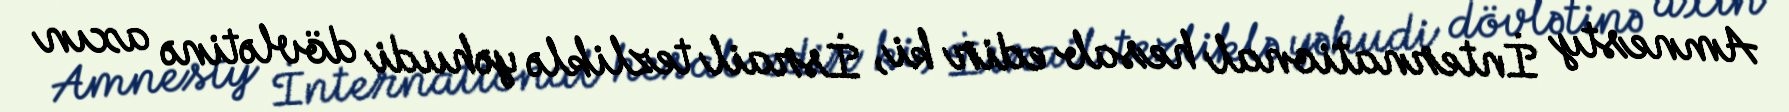
Amnesty İnternational hesab edir ki, İsrail tezliklə yəhudi dövlətinə axın